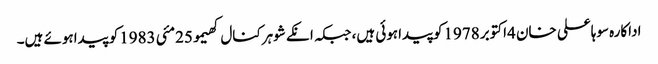
اداکارہ سوہاعلی خان 4اکتوبر 1978کوپیداہوئی ہیں، جبکہ انکے شوہرکنال کھیمو25مئی 1983کو پیداہوئے ہیں۔